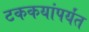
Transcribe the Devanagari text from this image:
टककयांपर्यंत